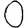
Digit: 0